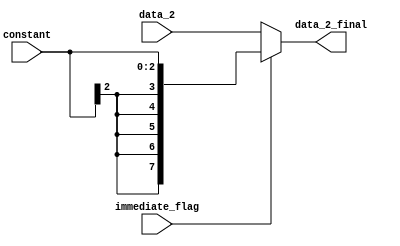
`timescale 1ns / 1ps
//////////////////////////////////////////////////////////////////////////////////
// Company: 
// Engineer: 
// 
// Design Name: 
// Module Name:    mux_1 
// Project Name: 
// Target Devices: 
// Tool versions: 
// Description: 
//
// Dependencies: 
//
// Revision: 
// Revision 0.01 - File Created
// Additional Comments: 
//
//////////////////////////////////////////////////////////////////////////////////
module mux_1(
    input [7:0] data_2,
    input [2:0] constant,
    input immediate_flag,
    output [7:0] data_2_final
    );
	
	reg [7:0] sign_extended_constant;
	
//	assign sign_extended_constant[7:0] = {{5{constant[2]}}, constant[2:0]};
	
	always@(*)
	 begin
		sign_extended_constant[7:0] <= {{5{constant[2]}}, constant[2:0]};
	 end
	
	assign data_2_final = (immediate_flag==1)?sign_extended_constant:data_2;


endmodule